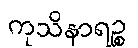
ကုသိနာရဉ္စ